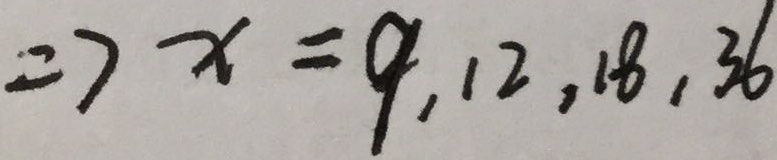
\Rightarrow x = 9 , 1 2 , 1 8 , 3 6